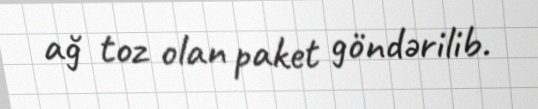
ağ toz olan paket göndərilib.